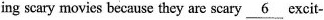
ing scary movies because they are scary \underline{ 6 } excit-